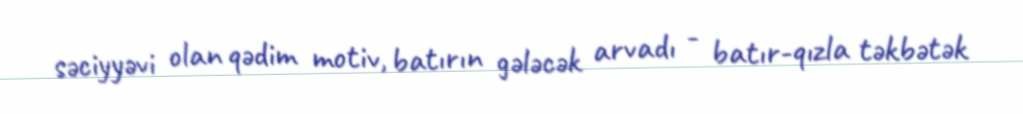
səciyyəvi olan qədim motiv, batırın gələcək arvadı - batır-qızla təkbətək